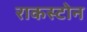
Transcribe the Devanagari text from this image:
राकस्टोन